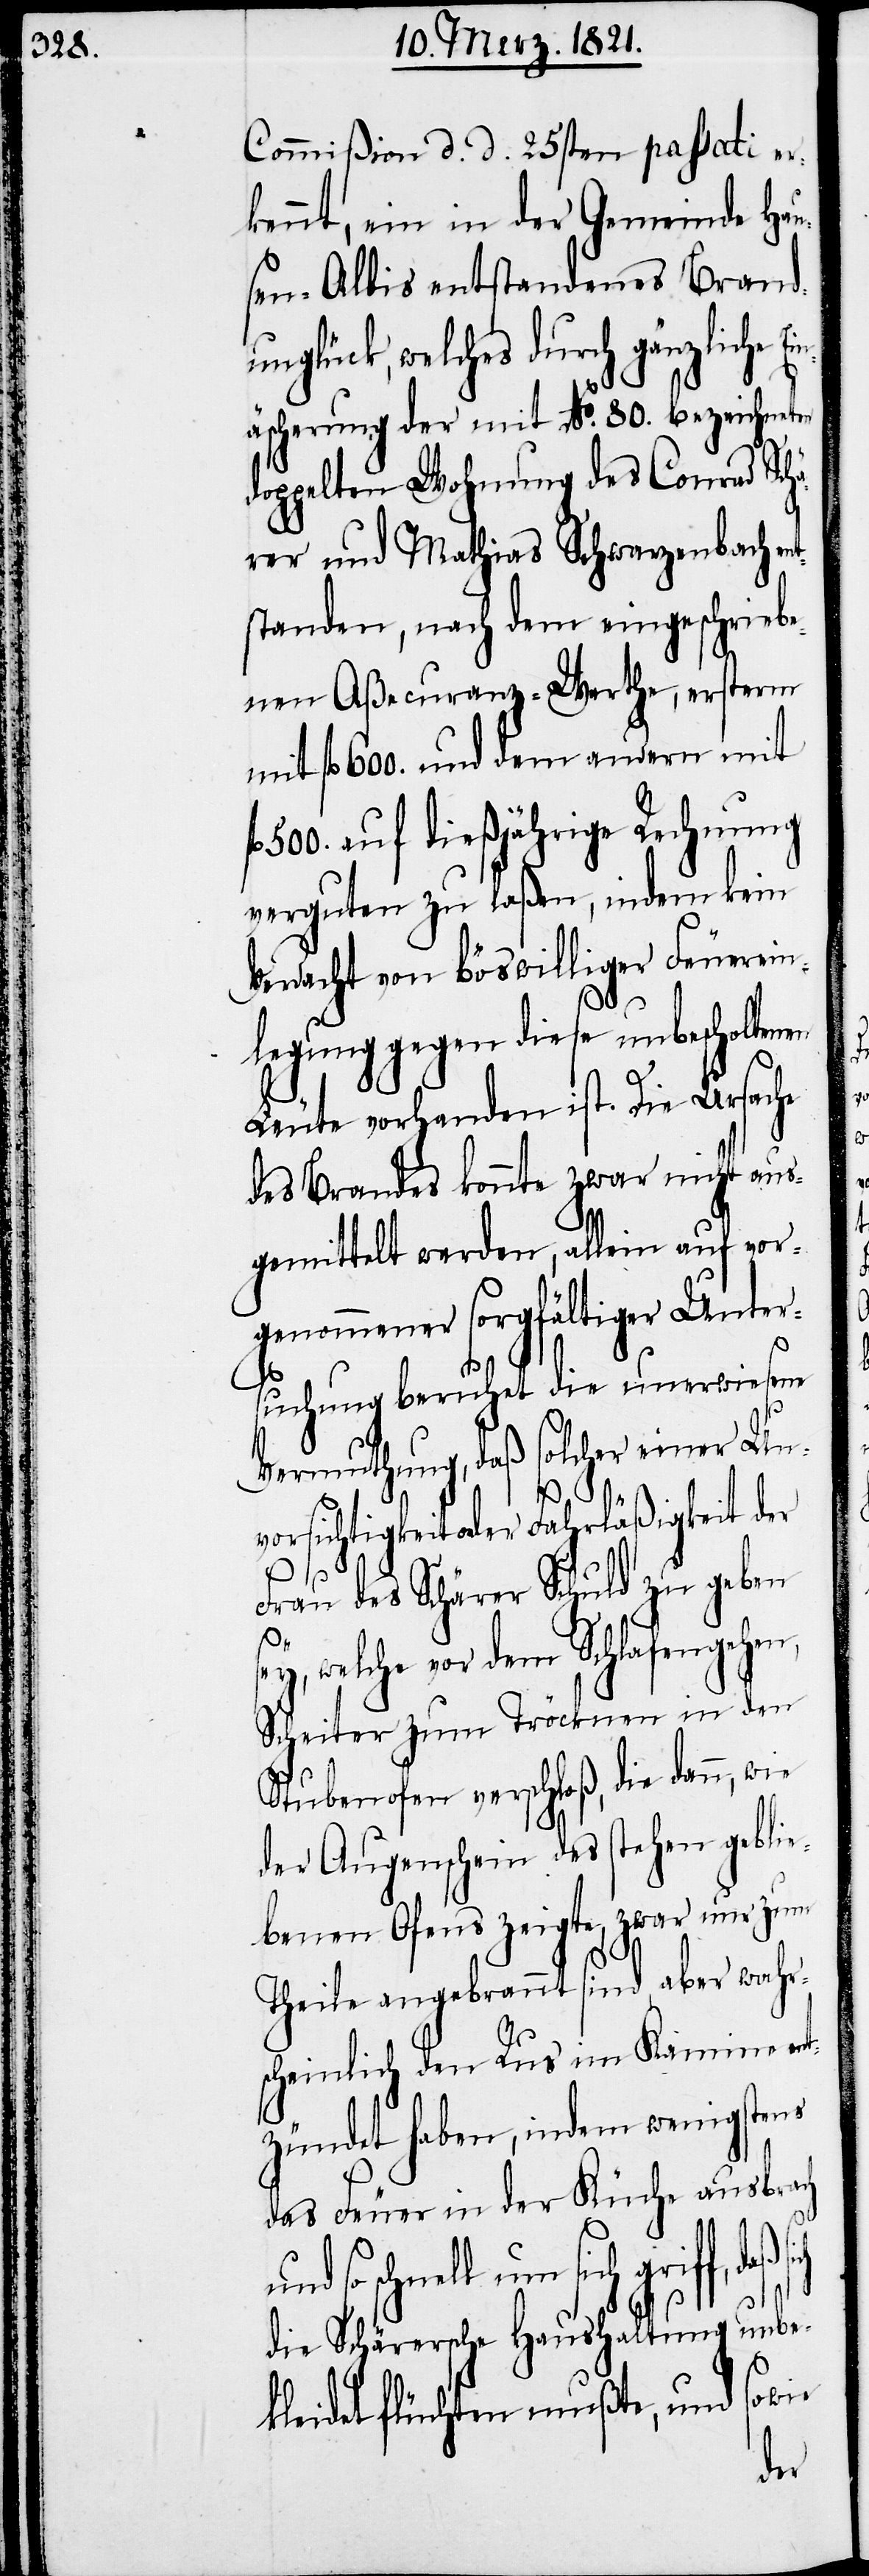
Commißion d. d. 25sten passati er¬
kennt, ein in der Gemeinde Hau¬
sen-Albis entstandenes Brand¬
unglück, welches durch gänzliche
äscherung der mit No. 80. bezeichneten
oppelten Wohnung des Conrad Schä¬
rer und Mathias Schwarzenbach en¬
standen, nach dem eingeschriebe¬
nen Aßecuranz-Werthe, ersterm
mit fl. 600. und dem andern mit
500. auf dießjährige Rechnung
verguten zu laßen, indem kein
Verdacht von böswilliger Feuerein¬
legung gegen diese unbescholten¬
Leute vorhanden ist. Die Ursache
des Brandes konnte zwar nicht aus¬
gemittelt werden, allein auf vor¬
genommener sorgfältiger Unter¬
suchung beruht die unerwiesene
Vermuthung, daß solcher einer Un¬
vorsichtigkeit oder Fahrläßigkeit der
Frau des Schärer Schuld zu geben
welche vor dem Schlafengehen,
Scheiter zum Tröcknen in den
Stubenofen verschloß, die dann, wie
der Augenschein des stehen geblie¬
benen Ofens zeigte, zwar nur zum
Theile angebrannt sind, aber wahr¬
scheinlich den Rus im Kamine en¬
tzündet haben, indem wenigstens
das Feuer in der Küche ausbrach
und so schnell um sich griff, daß
t¬
die Schärersche Haushaltung unbe¬
Ein¬
kleidet flüchten mußte, und
en